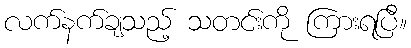
လက်နက်ချသည့် သတင်းကို ကြားရပြီ။